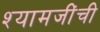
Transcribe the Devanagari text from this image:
श्यामजींची